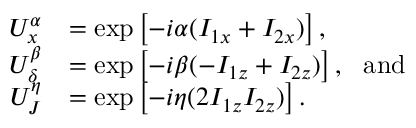
\begin{array} { r l } { U _ { x } ^ { \alpha } } & { = \exp \left[ - i \alpha ( I _ { 1 x } + I _ { 2 x } ) \right] , } \\ { U _ { \delta } ^ { \beta } } & { = \exp \left[ - i \beta ( - I _ { 1 z } + I _ { 2 z } ) \right] , ~ ~ \mathrm { a n d } } \\ { U _ { J } ^ { \eta } } & { = \exp \left[ - i \eta ( 2 I _ { 1 z } I _ { 2 z } ) \right] . } \end{array}